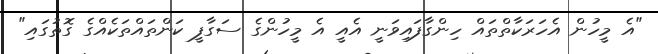
"އެ މީހުން އެހަރަކާތްތައް ހިންގާފައިވަނީ އެއީ އެ މީހުންގެ ސަގާފީ ކަންތައްތަކެއްގެ ގޮތުގައި"